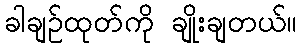
ခါချဉ်ထုတ်ကို ချိုးချတယ်။